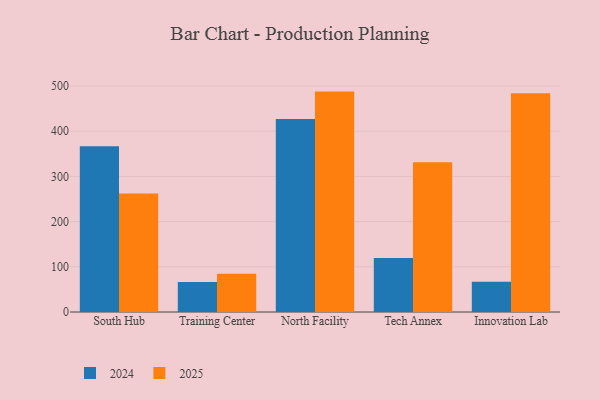
{"axis": {"x": "Campus", "y": "Demand Index"}, "legend": ["2024", "2025"], "data": [{"x": "South Hub", "y": 366.7, "type": "2024"}, {"x": "South Hub", "y": 262.3, "type": "2025"}, {"x": "Training Center", "y": 66.1, "type": "2024"}, {"x": "Training Center", "y": 84.7, "type": "2025"}, {"x": "North Facility", "y": 427.2, "type": "2024"}, {"x": "North Facility", "y": 487.6, "type": "2025"}, {"x": "Tech Annex", "y": 119.7, "type": "2024"}, {"x": "Tech Annex", "y": 331.5, "type": "2025"}, {"x": "Innovation Lab", "y": 66.9, "type": "2024"}, {"x": "Innovation Lab", "y": 484.0, "type": "2025"}]}